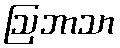
ဩဘာသာ